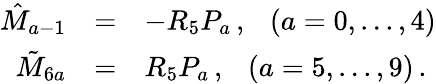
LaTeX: \begin{array}{rcl}{{\hat{M}_{a-1}}}&{{=}}&{{-R_{5}P_{a}\, ,\ \ \ (a=0,...,4)}}\\ {{\tilde{M}_{6a}}}&{{=}}&{{R_{5}P_{a}\, ,\ \ \ (a=5,...,9)\, .}}\end{array}